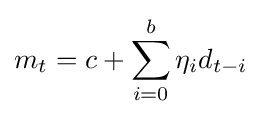
m_{t}=c+\sum _{i=0}^{b}\eta _{i}d_{t-i}